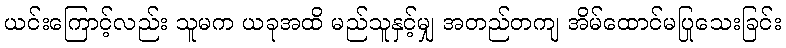
ယင်းကြောင့်လည်း သူမက ယခုအထိ မည်သူနှင့်မျှ အတည်တကျ အိမ်ထောင်မပြုသေးခြင်း